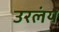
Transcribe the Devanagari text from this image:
उरलंय